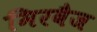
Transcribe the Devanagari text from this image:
मिरवैज